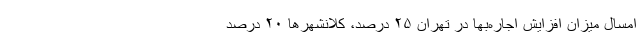
امسال میزان افزایش اجاره‌بها در تهران ۲۵ درصد، کلانشهر‌ها ۲۰ درصد